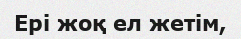
Ері жоқ ел жетім,